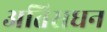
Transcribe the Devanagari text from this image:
अतिसधन